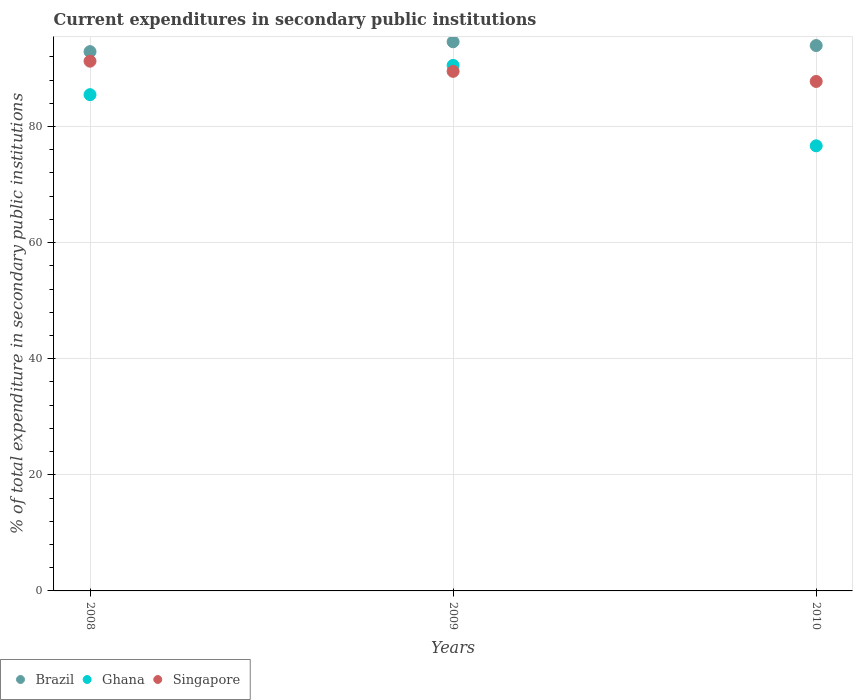
| Years | Brazil | Ghana | Singapore |
 | --- | --- | --- | --- |
 | 2008 | 92.9 | 85.5 | 91.2 |
 | 2009 | 94.6 | 90.5 | 89.5 |
 | 2010 | 93.9 | 76.7 | 87.8 |